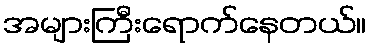
အများကြီးရောက်နေတယ်။